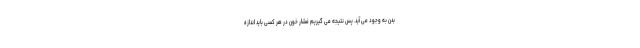
بدن به وجود می آید. پس نتیجه می گیریم فشار خون در هر کسی باید اندازه